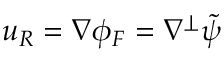
u _ { R } = \nabla \phi _ { F } = \nabla ^ { \perp } \tilde { \psi }